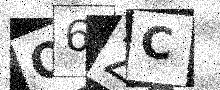
Text: O6ZC